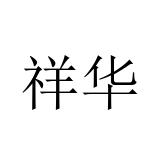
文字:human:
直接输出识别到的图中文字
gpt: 祥华